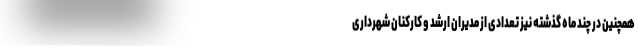
همچنین در چند ماه گذشته نیز تعدادی از مدیران ارشد و کارکنان شهرداری